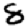
Digit: 8